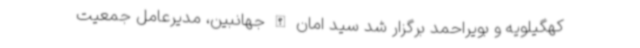
کهگیلویه و بویراحمد برگزار شد سید امان الله جهانبین، مدیرعامل جمعیت